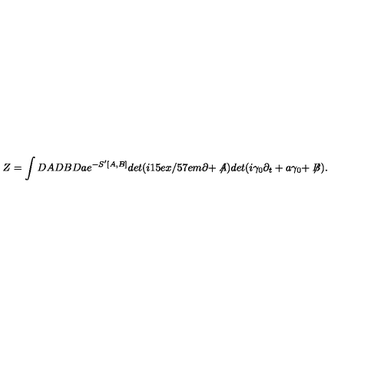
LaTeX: Z = \int D A D B D a e ^ { - S ^ { \prime } [ A , B ] } d e t ( i \raise . 1 5 e x \mathrm { / } \kern - . 5 7 e m \mathrm { \partial } + \not \! \! A ) d e t ( i \gamma _ { 0 } \partial _ { t } + a \gamma _ { 0 } + \not \! \! B ) .